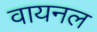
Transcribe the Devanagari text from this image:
वायनल